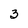
Character: 3